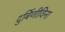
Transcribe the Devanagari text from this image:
दुर्बिणीविना